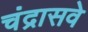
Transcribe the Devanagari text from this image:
चंद्रासवे